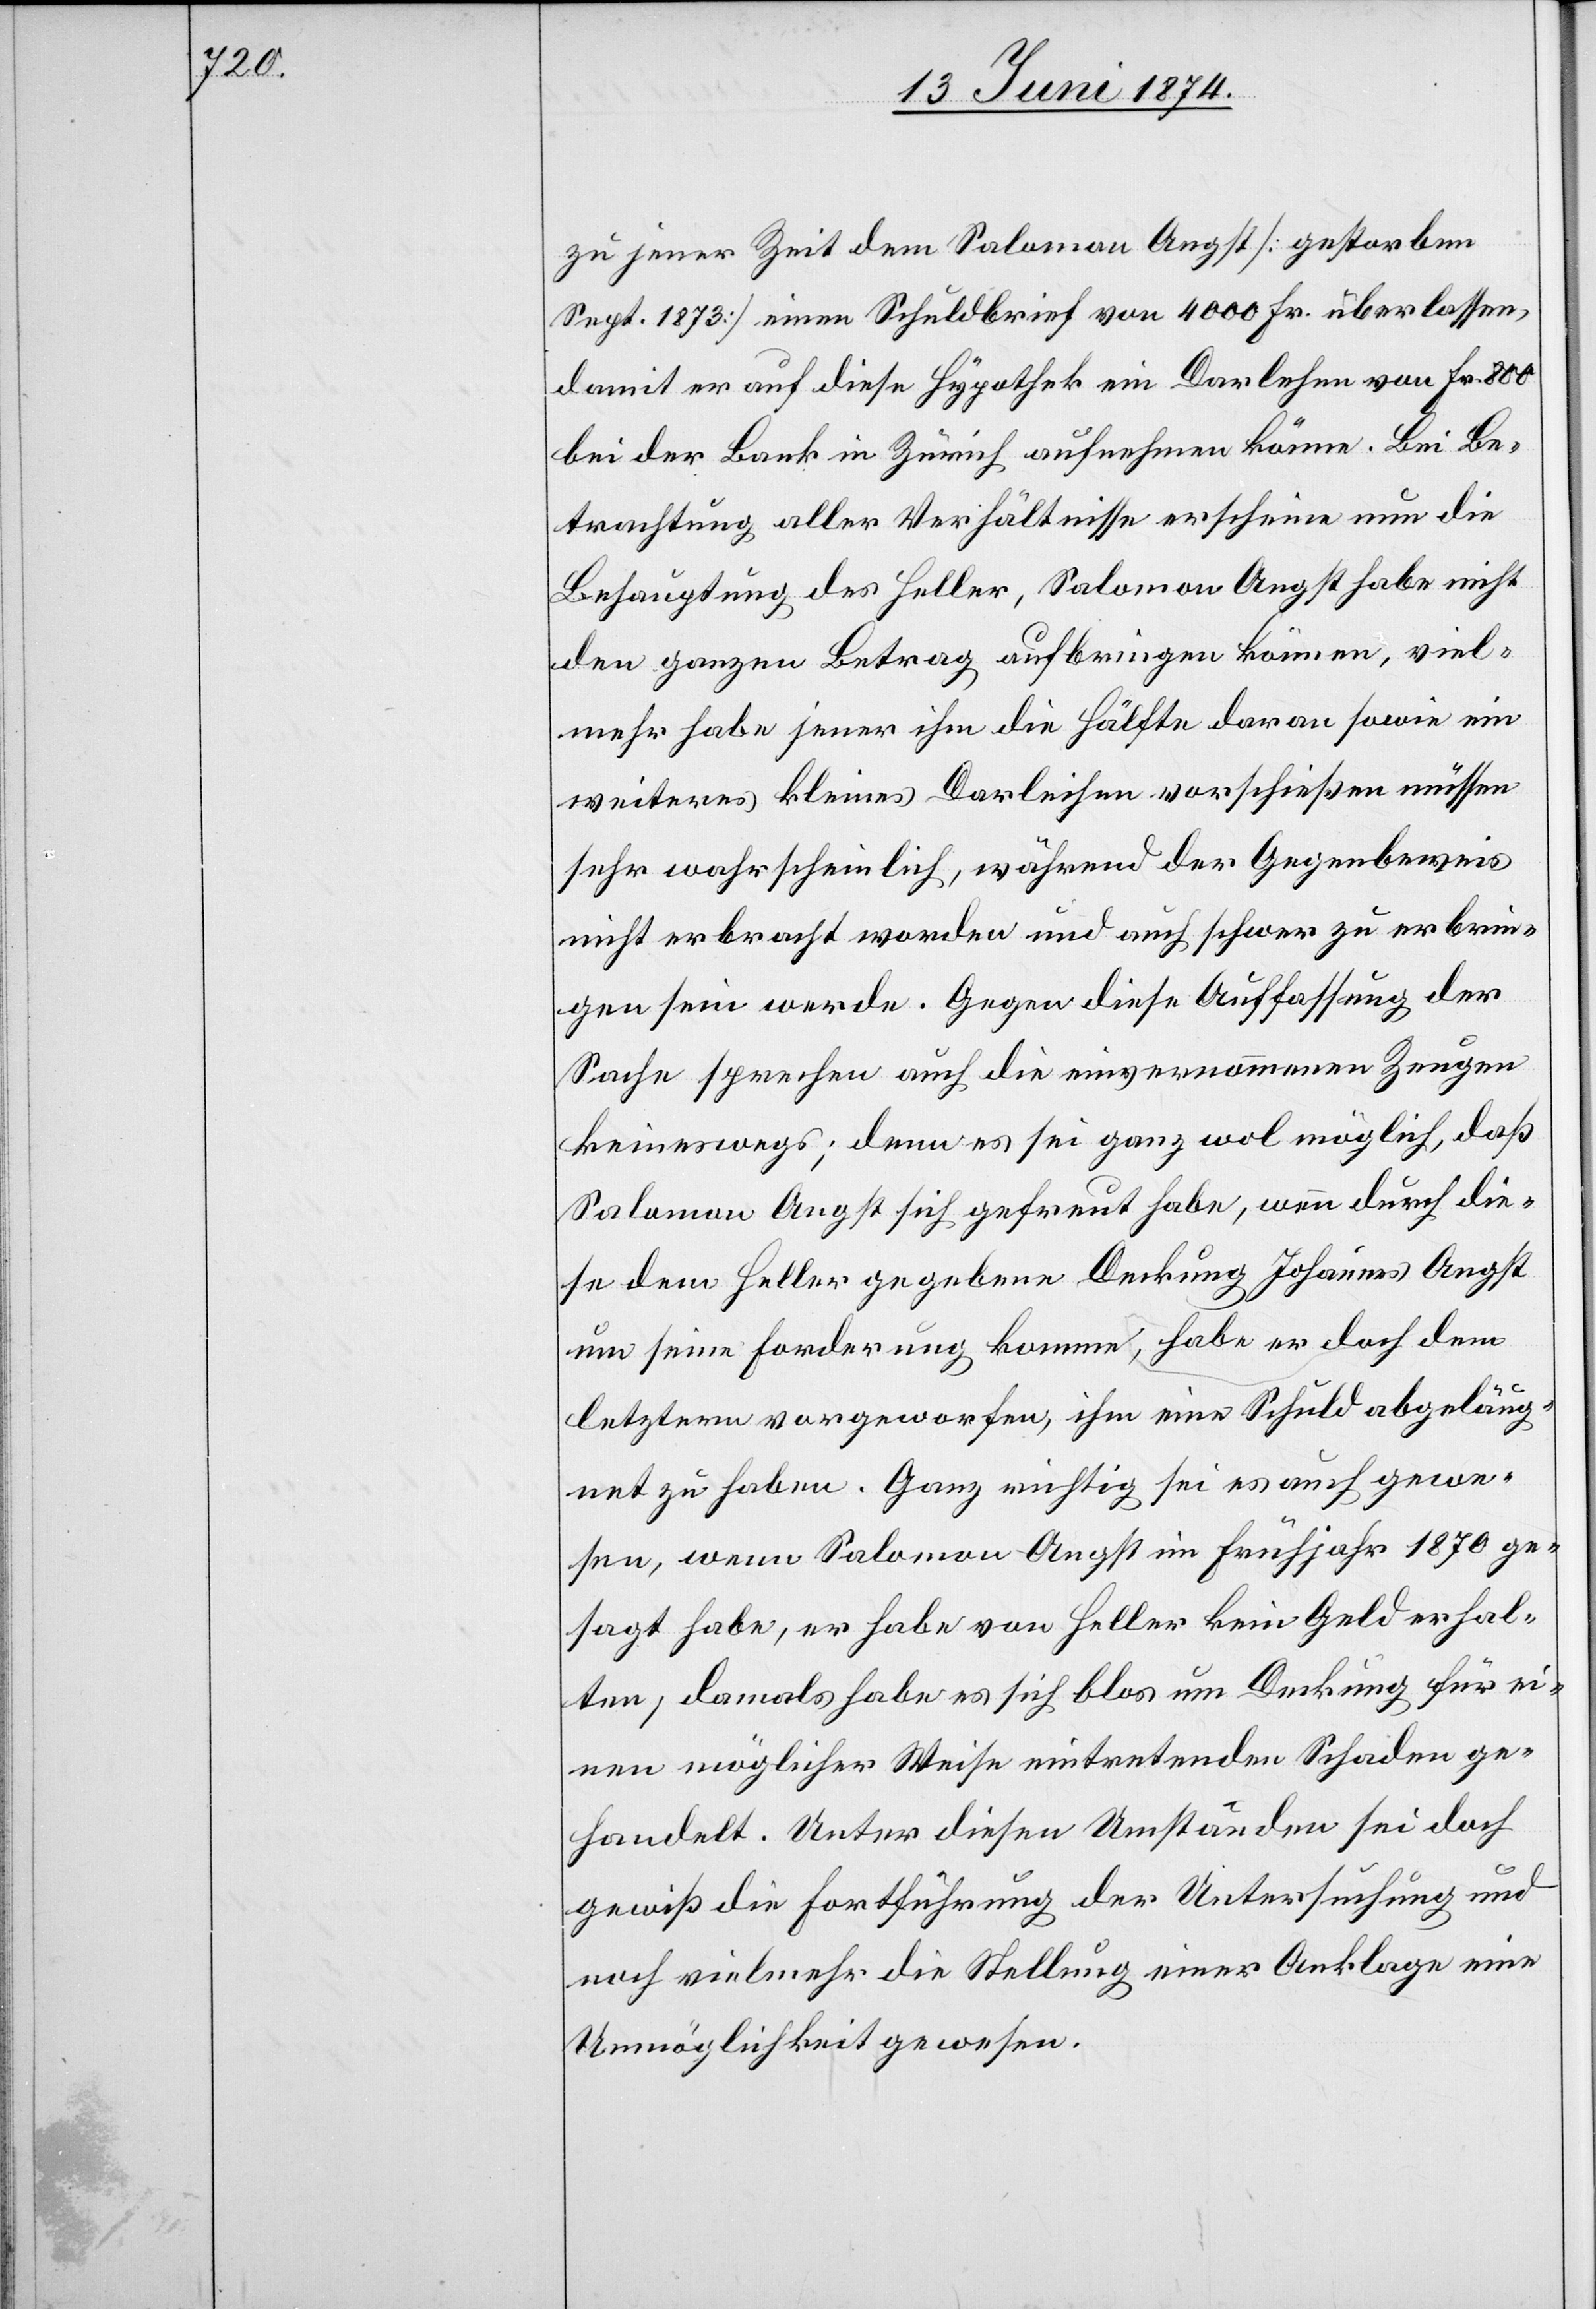
zu jener Zeit dem Salomon Angst [gestorben
Sept. 1873] einen Schuldbrief von 4000 Fr. überlassen,
damit er auf diese Hypothek ein Darlehen von Fr. 800
bei der Bank in Zürich aufnehmen könne. Bei Be¬
trachtung aller Verhältnisse erscheine nun die
Behauptung des Heller, Salomon Angst habe nicht
den ganzen Betrag aufbringen können, viel¬
mehr habe jener ihm die Hälfte daran sowie ein
weiteres kleines Darleihen vorschießen müssen
sehr wahrscheinlich, während der Gegenbeweis
nicht erbracht worden und auch schwer zu erbrin¬
gen sein werde. Gegen diese Auffassung der
Sache sprechen auch die einvernommenen Zeugen
keineswegs; denn es sei ganz wol möglich, daß
Salomon Angst sich gefreut habe, wenn durch die¬
se dem Heller gegebene Deckung Johannes Angst
um seine Forderung komme, habe er doch dem
letztern vorgeworfen, ihm eine Schuld abgeläug¬
net zu haben. Ganz richtig sei es auch gewe¬
sen, wenn Salomon Angst im Frühjahr 1870 ge¬
sagt habe, er habe von Heller kein Geld erhal¬
ten, damals habe es sich blos um Deckung für ei¬
nen möglicher Weise eintretenden Schaden ge¬
handelt. Unter diesen Umständen sei doch
gewiß die Fortführung der Untersuchung und
noch vielmehr die Stellung einer Anklage eine
Unmöglichkeit gewesen.